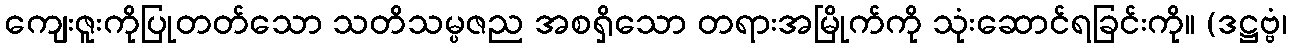
ကျေးဇူးကိုပြုတတ်သော သတိသမ္ပဇည အစရှိသော တရားအမြိုက်ကို သုံးဆောင်ရခြင်းကို။ (ဒဋ္ဌဗ္ဗံ၊